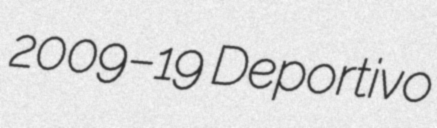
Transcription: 2009–19 Deportivo